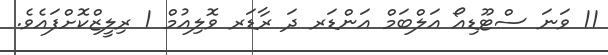
11 ވަނަ ސްޓޫޑިއޯ އަލްބަމް އަންޑަރ ދަ ރާޑަރ ވޮލިއުމް 1 ރިލީޒްކޮށްފައެވެ.